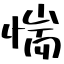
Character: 惴